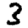
Digit: 3